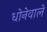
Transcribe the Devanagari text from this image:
धोनेवाले